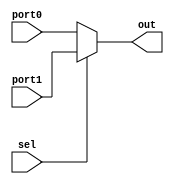
`timescale 1ns / 1ps
//////////////////////////////////////////////////////////////////////////////////
// Company: 
// Engineer: 
// 
// Design Name: 
// Module Name:    MUX2X1bit5 
// Project Name: 
// Target Devices: 
// Tool versions: 
// Description: 
//
// Dependencies: 
//
// Revision: 
// Revision 0.01 - File Created
// Additional Comments: 
//
//////////////////////////////////////////////////////////////////////////////////
module MUX2X1bit5(
    input [4:0] port0,
    input [4:0] port1,
    input sel,
    output [4:0] out
    );

assign out=sel?port1:port0;

endmodule